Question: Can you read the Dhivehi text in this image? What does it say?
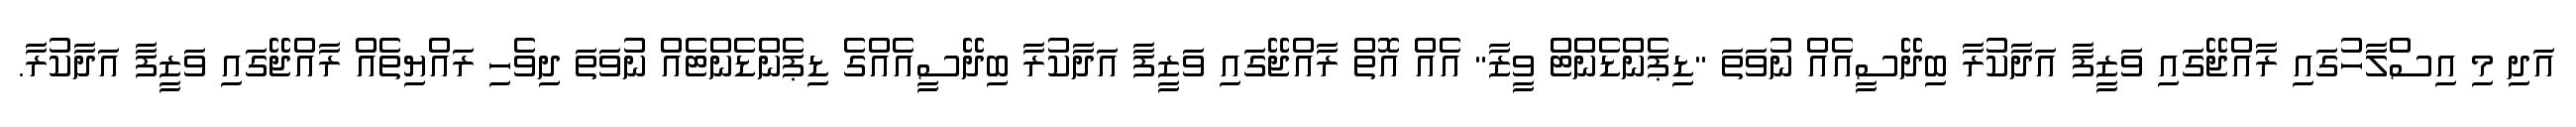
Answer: އަދި މި އިސްލާހުގައި ރާއްޖޭގައި ވަޒީފާ އަދާކުރާ ބިދޭސީއެއް ނުވަތަ "ޑިޕެންޑެންޓް ވީޒާ" އެއް އޮތް ރާއްޖޭގައި ވަޒީފާ އަދާކުރާ ބިދޭސީއެއްގެ ޑިޕެންޑެންޓެއް ނުވަތަ ދިވެހި ރައްޔިތެއް ރާއްޖޭގައި ވަޒީފާ އަދާކުރާ.